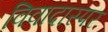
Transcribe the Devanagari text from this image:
विवादास्पर